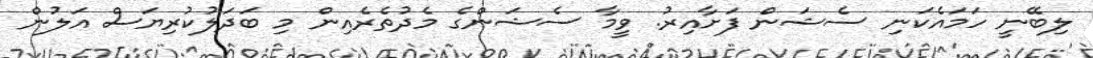
ލިބޭނީ ހަމައެކަނި ސެޝަން ފަށާއިރު. ވީމާ ސެޝަންގެ މެދުތެރެއިން މި ބަދަލުކުރިޔަސް އަލުން